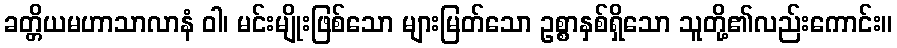
ခတ္တိယမဟာသာလာနံ ဝါ၊ မင်းမျိုးဖြစ်သော များမြတ်သော ဥစ္စာနှစ်ရှိသော သူတို့၏လည်းကောင်း။